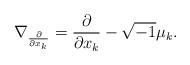
LaTeX: \begin{align*}\nabla_{\frac{\partial}{\partial x_k}}= \frac{\partial}{\partial x_k} - \sqrt{-1} \mu_k .\end{align*}